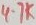
Text: 4.7K